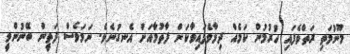
މޫނުމަތި ރަތްވެފައި ހުރުމުން ކަމެއް ދިމާވެފައިވާކަން ފާތުމާއަށް އެނގުނެވެ. ނަމަވެސް ފަތީން ބޭނުންވީ